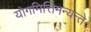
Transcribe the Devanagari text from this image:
योगमित्तिमन्यन्ते